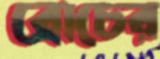
ব্রোচের